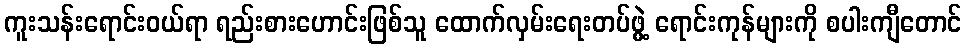
ကူးသန်းရောင်းဝယ်ရာ ရည်းစားဟောင်းဖြစ်သူ ထောက်လှမ်းရေးတပ်ဖွဲ့ ရောင်းကုန်များကို စပါးကျီတောင်